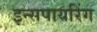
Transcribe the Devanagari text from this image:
इन्सपायरिंग